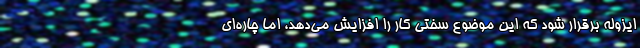
ایزوله برقرار شود که این موضوع سختی کار را افزایش می‌دهد، اما چاره‌ای